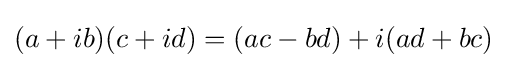
(a+ib)(c+id)=(ac-bd)+i(ad+bc)